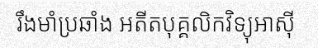
រឹងមាំប្រឆាំង អតីតបុគ្គលិកវិទ្យុអាស៊ី